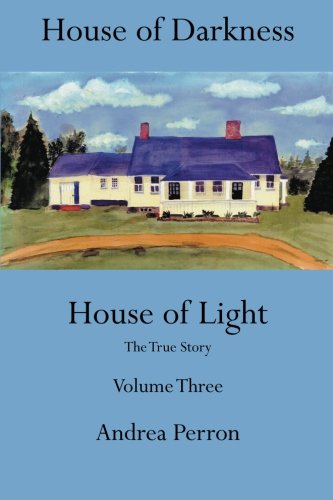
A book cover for House of Darkness House of Light: The True Story Volume Three (Volume 3); Andrea Perron; Religion & Spirituality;